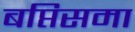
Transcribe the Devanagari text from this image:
बप्तिसमा